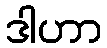
ဒါဟာ